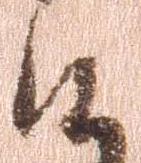
候